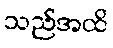
သည်အထိ